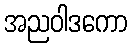
အညဝါဒကော